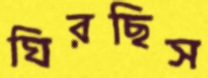
ঘিরছিস